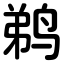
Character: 鹈